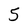
Character: 5